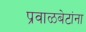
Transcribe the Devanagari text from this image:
प्रवाळबेटांना